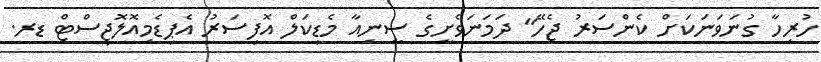
ހުރިހާ ގުނަވަނަކަށް ކެންސަރު ޖެހޭ" ދަމަނަވެށީގެ ސީނިއާ މެޑިކަލް އޮފިސަރު އެޕިޑެމިއޮލޮޖިސްޓް ޑރ.